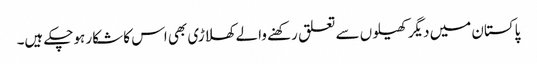
پاکستان میں دیگر کھیلوں سے تعلق رکھنے والے کھلاڑی بھی اس کا شکار ہوچکے ہیں۔